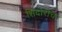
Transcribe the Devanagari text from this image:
शिदोरीच